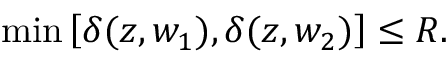
\operatorname* { m i n } \left[ \delta ( z , w _ { 1 } ) , \delta ( z , w _ { 2 } ) \right] \leq R .